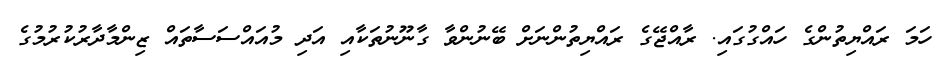
ހަމަ ރައްޔިތުންގެ ހައްގުގައި. ރާއްޖޭގެ ރައްޔިތުންނަށް ބޭނުންވާ ގާނޫނުތަކާއި އަދި މުއައްސަސާތައް ޒިންމާދާރުކުރުމުގެ